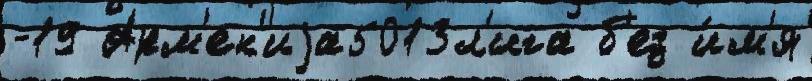
-19 Арм'ен'иjа5013л'ига б'ез и́м'я